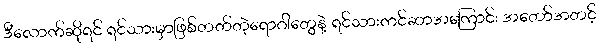
ဒီလောက်ဆိုရင် ရင်သားမှာဖြစ်တတ်တဲ့ရောဂါတွေနဲ့ ရင်သားကင်ဆာအကြောင်း အတော်အတင့်